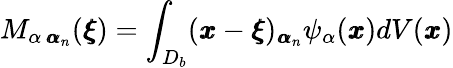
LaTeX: M_{\alpha\, {\pmb\alpha}_{n}}({\pmb\xi})=\int_{{D_{b}}}({\pmb x}-{\pmb\xi})_{{\pmb\alpha}_{n}}\psi_{\alpha}({\pmb x})dV({\pmb x})